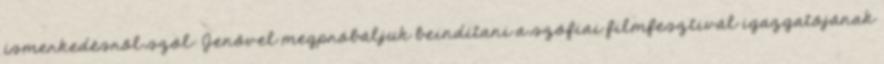
ismerkedésről szól: Jenővel megpróbáljuk beindítani a szófiai filmfesztivál igazgatójának